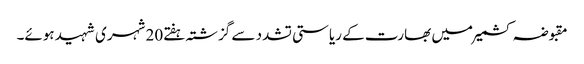
مقبوضہ کشمیرمیں بھارت کے ریاستی تشدد سے گزشتہ ہفتے20 شہری شہید ہوئے۔